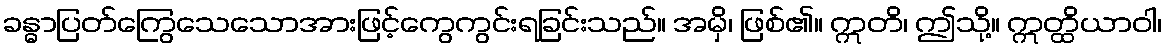
ခန္ဓာပြတ်ကြွေသေသောအားဖြင့်ကွေကွင်းရခြင်းသည်။ အမှိ၊ ဖြစ်၏။ ဣတိ၊ ဤသို့။ ဣတ္ထိယာဝါ၊